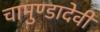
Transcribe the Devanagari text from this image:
चामुण्डादेवी